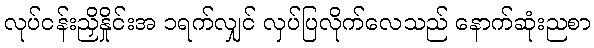
လုပ်ငန်းညှိနှိုင်းအ ၁ရက်လျှင် လှပ်ပြလိုက်လေသည် နောက်ဆုံးညစာ